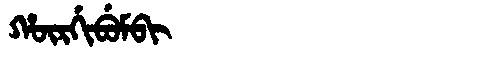
Manchu: ᡥᡡᡵᡤᡳᠪᡠᠮᠪᡳ
Romanization: HŪRGIBUMBI